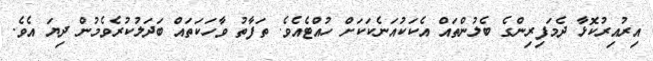
އިރުއިރުކޮޅާ ދެމަފިރިންގެ ބެލުންތައް އެކަކުއަނެކަކަށް ހުއްޓެއެވެ. ތަފާތު ވާހަކަތައް ބަދަލުކުރެވެމުން ދިޔަ އެވެ.